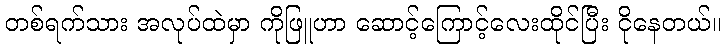
တစ်ရက်သား အလုပ်ထဲမှာ ကိုဖြူဟာ ဆောင့်ကြောင့်လေးထိုင်ပြီး ငိုနေတယ်။